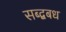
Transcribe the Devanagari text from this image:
सब्द्बबध